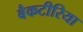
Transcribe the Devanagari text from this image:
बैकटीरिया